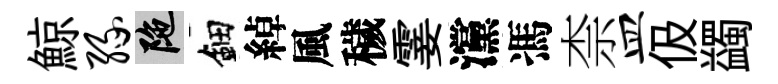
鯨缘陀鈿綽風穢霎灙馮柰皿伋蠲